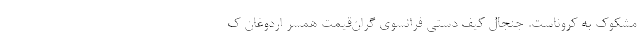
مشکوک به کروناست. جنجال کیف دستی فرانسوی گران‌قیمت همسر اردوغان ک